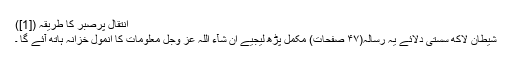
اِنتقال پرصَبر کا طریقہ ([1])
شیطان لاکھ سُستی دِلائے یہ رِسالہ(۴۷ صَفحات) مکمل پڑھ لیجیے اِنْ شَآءَ اللّٰہ عَزَّ وَجَلَّ معلومات کا اَنمول خزانہ ہاتھ آئے گا ۔